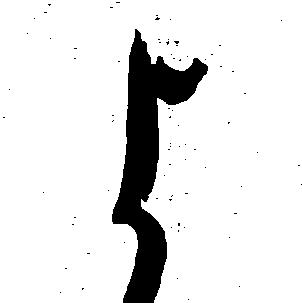
よ